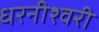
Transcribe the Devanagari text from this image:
धरनीश्वरी